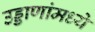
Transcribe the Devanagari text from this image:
उड्डाणांमध्ये